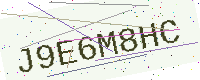
Text: J9E6M8HC